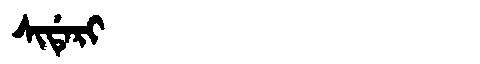
Manchu: ᠰᡳᡩᡝᡵᡳ
Romanization: SIDERI